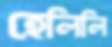
হেলিলি